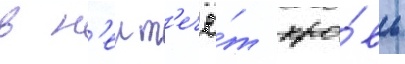
в н'еи т'ечё́т кро́вь